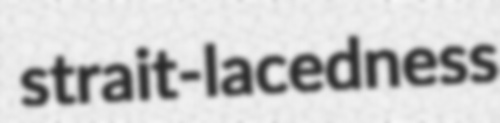
strait-lacedness